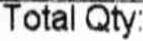
TOTAL QTY: